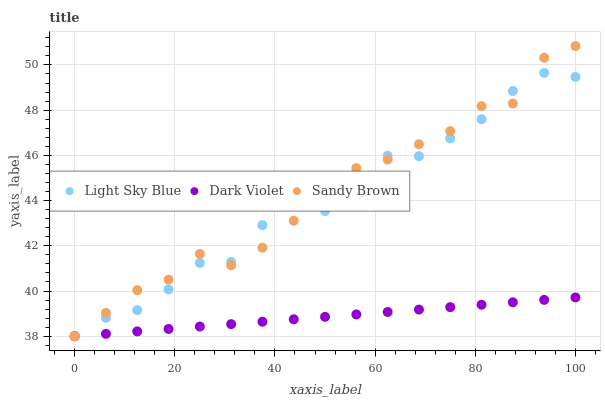
| xaxis_label | Light Sky Blue | Dark Violet | Sandy Brown |
 | --- | --- | --- | --- |
 | 0 | 38 | 38 | 38 |
 | 6.25 | 38.8 | 38.1 | 39 |
 | 12.5 | 39.2 | 38.2 | 40 |
 | 18.8 | 40.1 | 38.3 | 40.5 |
 | 25 | 41.2 | 38.4 | 41.6 |
 | 31.2 | 41.3 | 38.5 | 41.1 |
 | 37.5 | 42.9 | 38.6 | 41.9 |
 | 43.8 | 43.8 | 38.8 | 43.1 |
 | 50 | 43.5 | 38.9 | 44.2 |
 | 56.2 | 43.9 | 39 | 45.4 |
 | 62.5 | 46 | 39.1 | 45.8 |
 | 68.8 | 46 | 39.2 | 46.5 |
 | 75 | 46.7 | 39.3 | 47.1 |
 | 81.2 | 47.6 | 39.4 | 48.2 |
 | 87.5 | 48.8 | 39.5 | 48.3 |
 | 93.8 | 49.6 | 39.6 | 50.3 |
 | 100 | 49.5 | 39.7 | 50.8 |